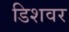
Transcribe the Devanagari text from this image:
डिशवर